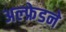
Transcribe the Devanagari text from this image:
अल्फ्रेडने